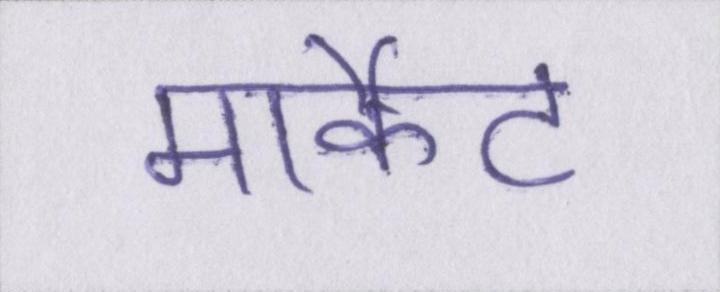
मार्केट